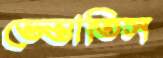
ভেস্তাতিস